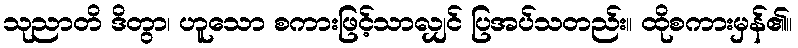
သုညာတိ ဒိတွာ၊ ဟူသော စကားဖြင့်သာလျှင် ပြအပ်သတည်း။ ထိုစကားမှန်၏။